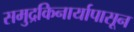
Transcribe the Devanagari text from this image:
समुद्रकिनार्यापासून